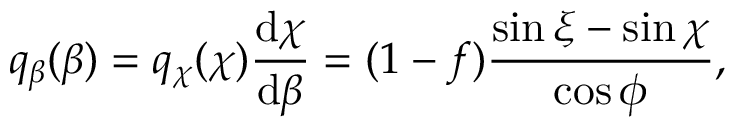
q _ { \beta } ( \beta ) = q _ { \chi } ( \chi ) \frac { \mathrm d \chi } { \mathrm d \beta } = ( 1 - f ) \frac { \sin \xi - \sin \chi } { \cos \phi } ,